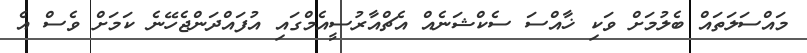
މައްސަލަތައް ބެލުމަށް ވަކި ޚާއްސަ ސެކްޝަނެއް އެޗްއާރުސީއެމްގައި އުފައްދަންޖެހޭނެ ކަމަށް ވެސް އެ